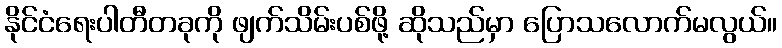
နိုင်ငံရေးပါတီတခုကို ဖျက်သိမ်းပစ်ဖို့ ဆိုသည်မှာ ပြောသလောက်မလွယ်။